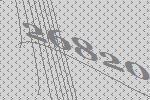
26820